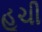
હૂચી